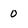
Character: 0